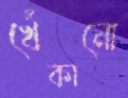
খেঁকানো